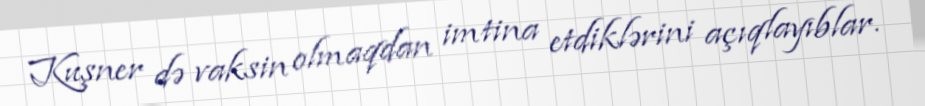
Kuşner də vaksin olmaqdan imtina etdiklərini açıqlayıblar.